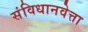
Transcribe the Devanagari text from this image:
संविधानवेत्ता